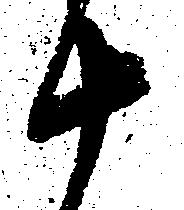
十